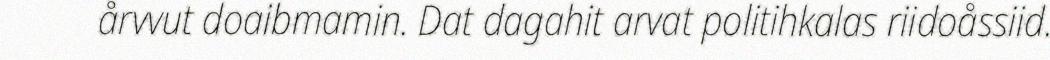
årvvut doaibmamin. Dat dagahit arvat politihkalas riidoåssiid.